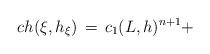
LaTeX: \begin{align*}ch(\xi,h_\xi)\,=\, c_1(L,h)^{n+1} +\end{align*}